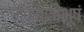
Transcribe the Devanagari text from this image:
मुक्ताविभूषं